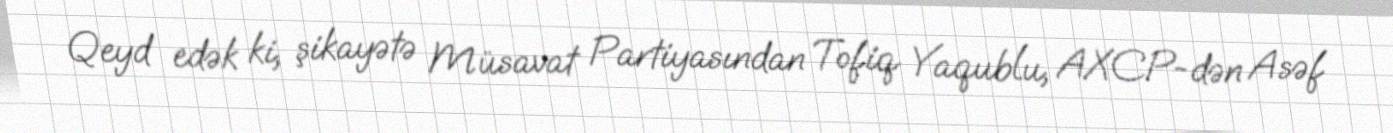
Qeyd edək ki, şikayətə Müsavat Partiyasından Tofiq Yaqublu, AXCP-dən Asəf